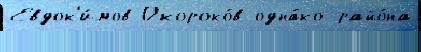
Евдок'и́мов Окороко́в одна́ко райо́на